Annual report on the working of the lock hospitals in the Central Provinces
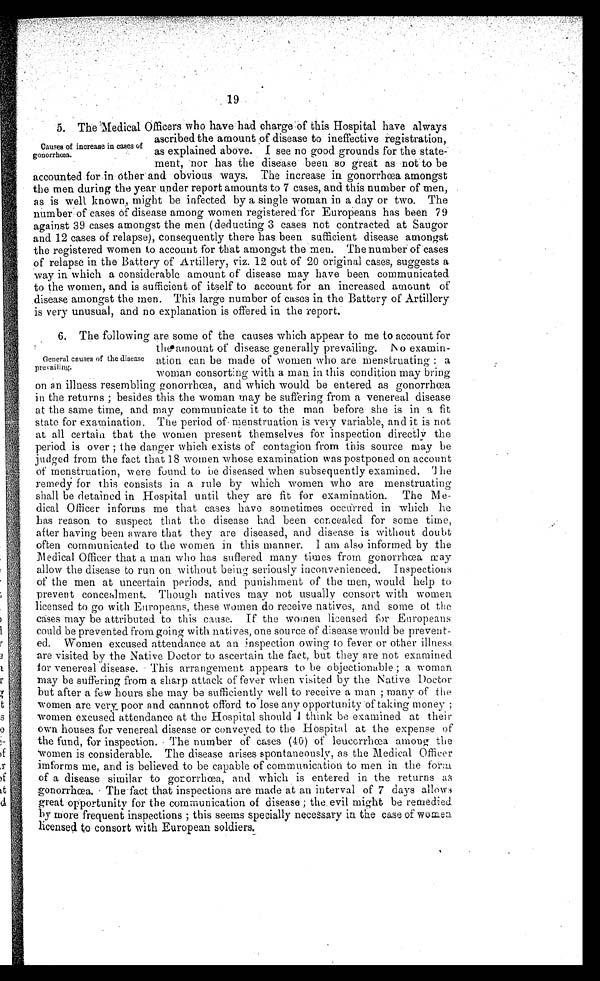
19
Causes of increase in cases of
gonorrhœa.
5. The Medical Officers who have had charge of this Hospital have always
ascribed the amount of disease to ineffective registration,
as explained above. I see no good grounds for the state
-ment, nor has the disease been so great as not to be
accounted for in other and obvious ways. The increase in gonorrhœa amongst
the men during the year under report amounts to 7 cases, and this number of men,
as is well known, might be infected by a single woman in a day or two. The
number of cases of disease among women registered for Europeans has been 79
against 39 cases amongst the men (deducting 3 cases not contracted at Saugor
and 12 cases of relapse), consequently there has been sufficient disease amongst
the registered women to account for that amongst the men. The number of cases
of relapse in the Battery of Artillery, viz. 12 out of 20 original cases, suggests a
way in which a considerable amount of disease may have been communicated
to the women, and is sufficient of itself to account for an increased amount of
disease amongst the men. This large number of cases in the Battery of Artillery
is very unusual, and no explanation is offered in the report.
General causes of the disease
prevailing.
6. The following are some of the causes which appear to me to account for
the amount of disease generally prevailing. No examin-
ation can be made of Women who are menstruating : a
Woman consorting with a man in this condition may bring
on an illness resembling gonorrhœa, and which would be entered as gonorrhœa
in the returns ; besides this the woman may be suffering from a venereal disease
at the same time, and may communicate it to the man before she is in a fit
state for examination. The period of menstruation is very variable, and it is not
at all certain that the women present themselves for inspection directly the
period is over ; the danger which exists of contagion from this source may be
judged from the fact that 18 women whose examination was postponed on account
of menstruation, were found to be diseased when subsequently examined. The
remedy for this consists in a rule by which women who are menstruating
shall be detained in Hospital until they are fit for examination. The Me-
dical Officer informs me that cases have sometimes occurred in which he
has reason to suspect that the disease had been concealed for some time,
after having been aware that they are diseased, and disease is without doubt
often communicated to the women in this manner. I am also informed by the
M e d i c a l O f f i c e r t h a t a m a n w h o h a s s u f f e r e d m a n y t i m e s f r o m g o n o r r h œ a m a y
allow the disease to run on without being seriously inconvenienced. Inspections
of the men at uncertain periods, and punishment of the men, would help to
prevent concealment. Though natives may not usually consort with women
licensed to go with Europeans, these women do receive natives, and some of the
cases may be attributed to this cause. If the women licensed for Europeans
could be prevented from going with natives, one source of disease would be prevent-
ed. Women excused attendance at an inspection owing to fever or other illness
are visited by the Native Doctor to ascertain the fact, but they are not examined
for venereal disease. This arrangement appears to be objectionable ; a woman
may be suffering from a sharp attack of fever when visited by the Native Doctor
but after a few hours she may be sufficiently well to receive a man ; many of the
women are very poor and cannnot offord to lose any opportunity of taking money
; w o m e n e x c u s e d a t t e n d a n c e a t t h e H o s p i t a l s h o u l d I t h i n k b e e x a m i n e d a t t h e i r
own houses for venereal disease or conveyed to the Hospital at the expense of
the fund, for inspection. The number of cases (40) of leuccrrhœa among the
women is considerable. The disease arises spontaneously, as the Medical Officer
imforms me, and is believed to be capable of communication to men in the form
of a disease similar to gonorrhœa, and which is entered in the returns as
gonorrhœa. The fact that inspections are made at an interval of 7 days allows
great opportunity for the communication of disease ; the evil might be remedied
by more frequent inspections ; this seems specially necessary in the case of women
licensed to consort with European soldiers.